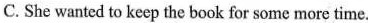
C. She wanted to keep the book for some more time.